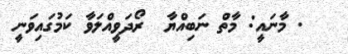
. މާނައީ: މާތް ނަބިއްޔާ  ރޯދަވީއްލަވާ ކަމުގައިވަނީ